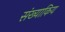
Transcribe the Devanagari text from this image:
संख्याकिय